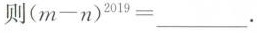
则$$( m - n )^{2019}=___$$.